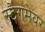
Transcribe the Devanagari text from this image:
स्टेगमेयर